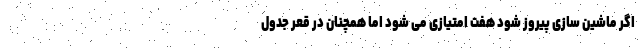
اگر ماشین سازی پیروز شود هفت امتیازی می شود اما همچنان در قعر جدول